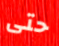
حتى